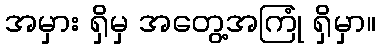
အမှား ရှိမှ အတွေ့အကြုံ ရှိမှာ။